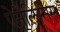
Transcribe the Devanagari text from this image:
ऐनैलिसिस